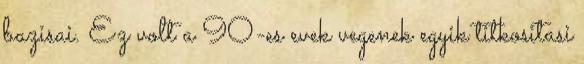
bazisai. Ez volt a 90-es evek vegenek egyik titkositasi